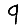
Digit: 9